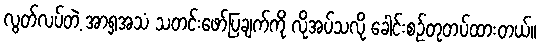
လွတ်လပ်တဲ့ အာရှအသံ သတင်းဖော်ပြချက်ကို လိုအပ်သလို ခေါင်းစဉ်တုတပ်ထားတယ်။